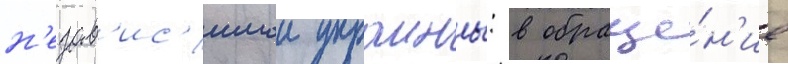
н'езав'ис'имои украины: в обраще́н'ие